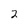
Character: 2